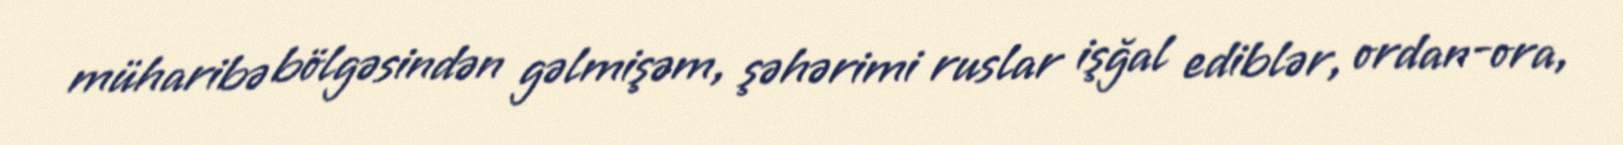
müharibə bölgəsindən gəlmişəm, şəhərimi ruslar işğal ediblər, ordan-ora,